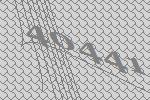
40441